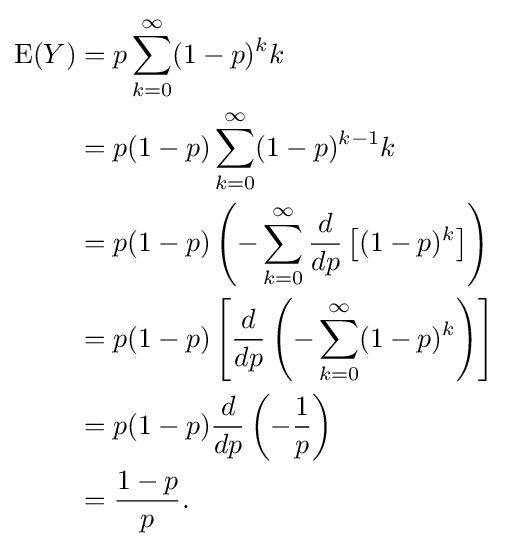
{\begin{aligned}\operatorname {E} (Y)&=p\sum _{k=0}^{\infty }(1-p)^{k}k\\&=p(1-p)\sum _{k=0}^{\infty }(1-p)^{k-1}k\\&=p(1-p)\left(-\sum _{k=0}^{\infty }{\frac {d}{dp}}\left[(1-p)^{k}\right]\right)\\&=p(1-p)\left[{\frac {d}{dp}}\left(-\sum _{k=0}^{\infty }(1-p)^{k}\right)\right]\\&=p(1-p){\frac {d}{dp}}\left(-{\frac {1}{p}}\right)\\&={\frac {1-p}{p}}.\end{aligned}}